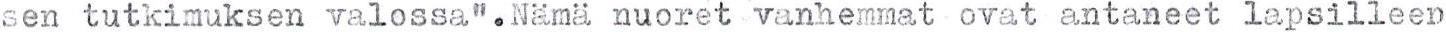
sen tutkimuksen valossa".Nämä nuoret vanhemmat ovat antaneet lapsilleen